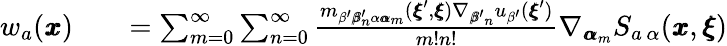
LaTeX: \begin{array}{rlr}{w_{a}({\pmb x})}&{{}}&{=\sum_{m=0}^{\infty}\sum_{n=0}^{\infty}\frac{m_{\beta^{\prime}{\pmb\beta}_{n}^{\prime}\alpha{\pmb\alpha}_{m}}({\pmb\xi}^{\prime},{\pmb\xi})\nabla_{{\pmb\beta^{\prime}}_{n}}u_{\beta^{\prime}}({\pmb\xi}^{\prime})}{m!n!}\nabla_{{\pmb\alpha}_{m}}S_{a\, \alpha}({\pmb x},{\pmb\xi})}\end{array}